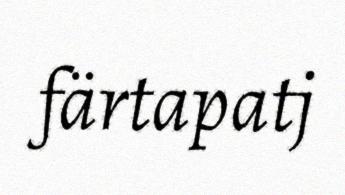
färtapatj